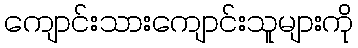
ကျောင်းသားကျောင်းသူများကို